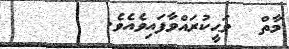
މާތް  ވަޙީކުރައްވާފައިވެއެވެ.